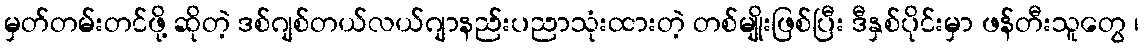
မှတ်တမ်းတင်ဖို့ ဆိုတဲ့ ဒစ်ဂျစ်တယ်လယ်ဂျာနည်းပညာသုံးထားတဲ့ တစ်မျိုးဖြစ်ပြီး ဒီနှစ်ပိုင်းမှာ ဖန်တီးသူတွေ ၊